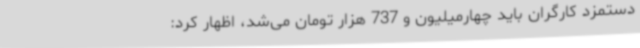
دستمزد کارگران باید چهارمیلیون و 737 هزار تومان می‌شد، اظهار کرد: